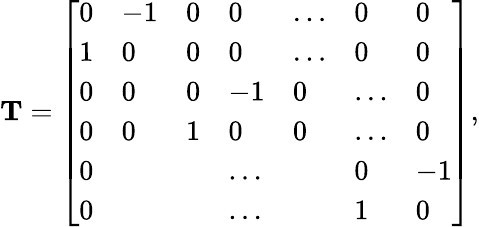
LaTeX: \mathbf T=\left[\begin{array}{lllllll}{0}&{-1}&{0}&{0}&{\dots}&{0}&{0}\\ {1}&{0}&{0}&{0}&{\dots}&{0}&{0}\\ {0}&{0}&{0}&{-1}&{0}&{\dots}&{0}\\ {0}&{0}&{1}&{0}&{0}&{\dots}&{0}\\ {0}&{}&{}&{\dots}&{}&{0}&{-1}\\ {0}&{}&{}&{\dots}&{}&{1}&{0}\end{array}\right],